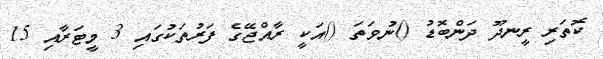
ކޮތަރި ރީނދޫ ދަންބޮޑު ()ނުވަތަ ()އަކީ ރާއްޖޭގެ ފަރުތަކުގައި 3 މީޓަރާއި 15